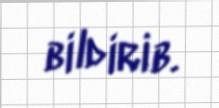
bildirib.